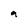
Character: q